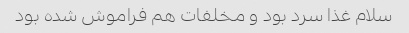
سلام غذا سرد بود و مخلفات هم فراموش شده بود